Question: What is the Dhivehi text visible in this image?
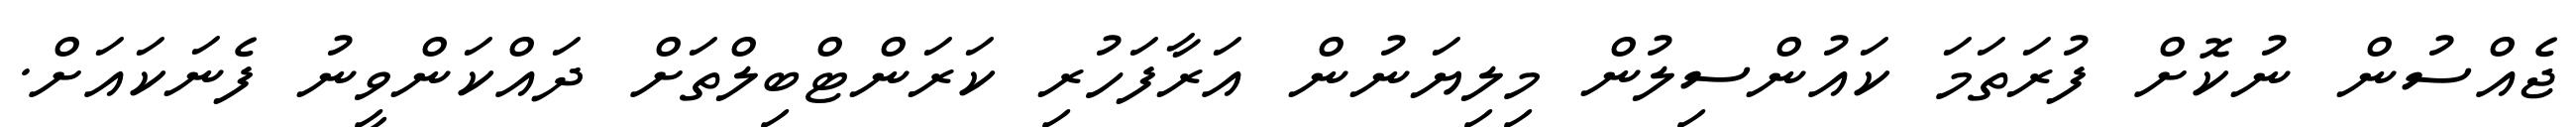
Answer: ޖެއްސުން ނުކޮށް ފުރަތަމަ ކައުންސިލުން މިލިޔަނުން އަރާފަހުރި ކަރަންޓްބިލްތަށް ދައްކަންވީނު ފެނަކައަށް.